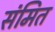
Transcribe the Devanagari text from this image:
संमित